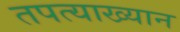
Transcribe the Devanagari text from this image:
तपत्याख्यान